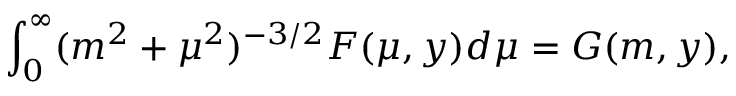
\int _ { 0 } ^ { \infty } ( m ^ { 2 } + \mu ^ { 2 } ) ^ { - 3 / 2 } F ( \mu , y ) d \mu = G ( m , y ) ,